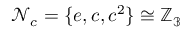
\mathcal { N } _ { c } = \{ e , c , c ^ { 2 } \} \cong \mathbb { Z _ { 3 } }